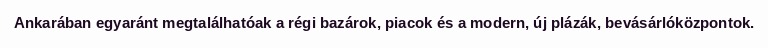
Ankarában egyaránt megtalálhatóak a régi bazárok, piacok és a modern, új plázák, bevásárlóközpontok.